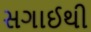
સગાઈથી